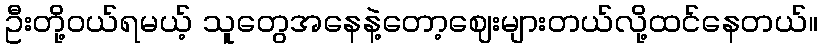
ဦးတို့ဝယ်ရမယ့် သူတွေအနေနဲ့တော့ဈေးများတယ်လို့ထင်နေတယ်။